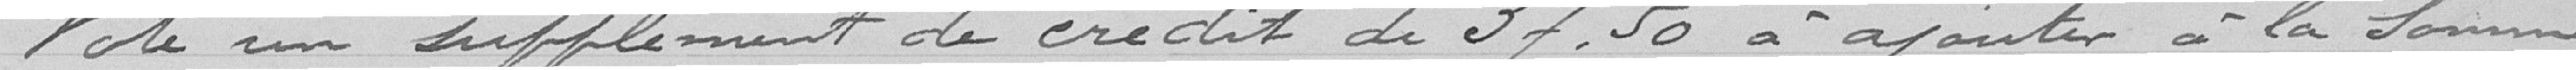
vote un supplément de crédit de 37,50 francs à ajouter à la somme